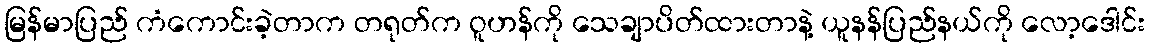
မြန်မာပြည် ကံကောင်းခဲ့တာက တရုတ်က ဝူဟန်ကို သေချာပိတ်ထားတာနဲ့ ယူနန်ပြည်နယ်ကို လော့ဒေါင်း